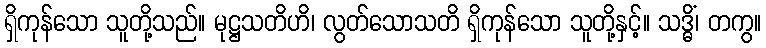
ရှိကုန်သော သူတို့သည်။ မုဋ္ဌသတိဟိ၊ လွတ်သောသတိ ရှိကုန်သော သူတို့နှင့်။ သဒ္ဓိံ၊ တကွ။